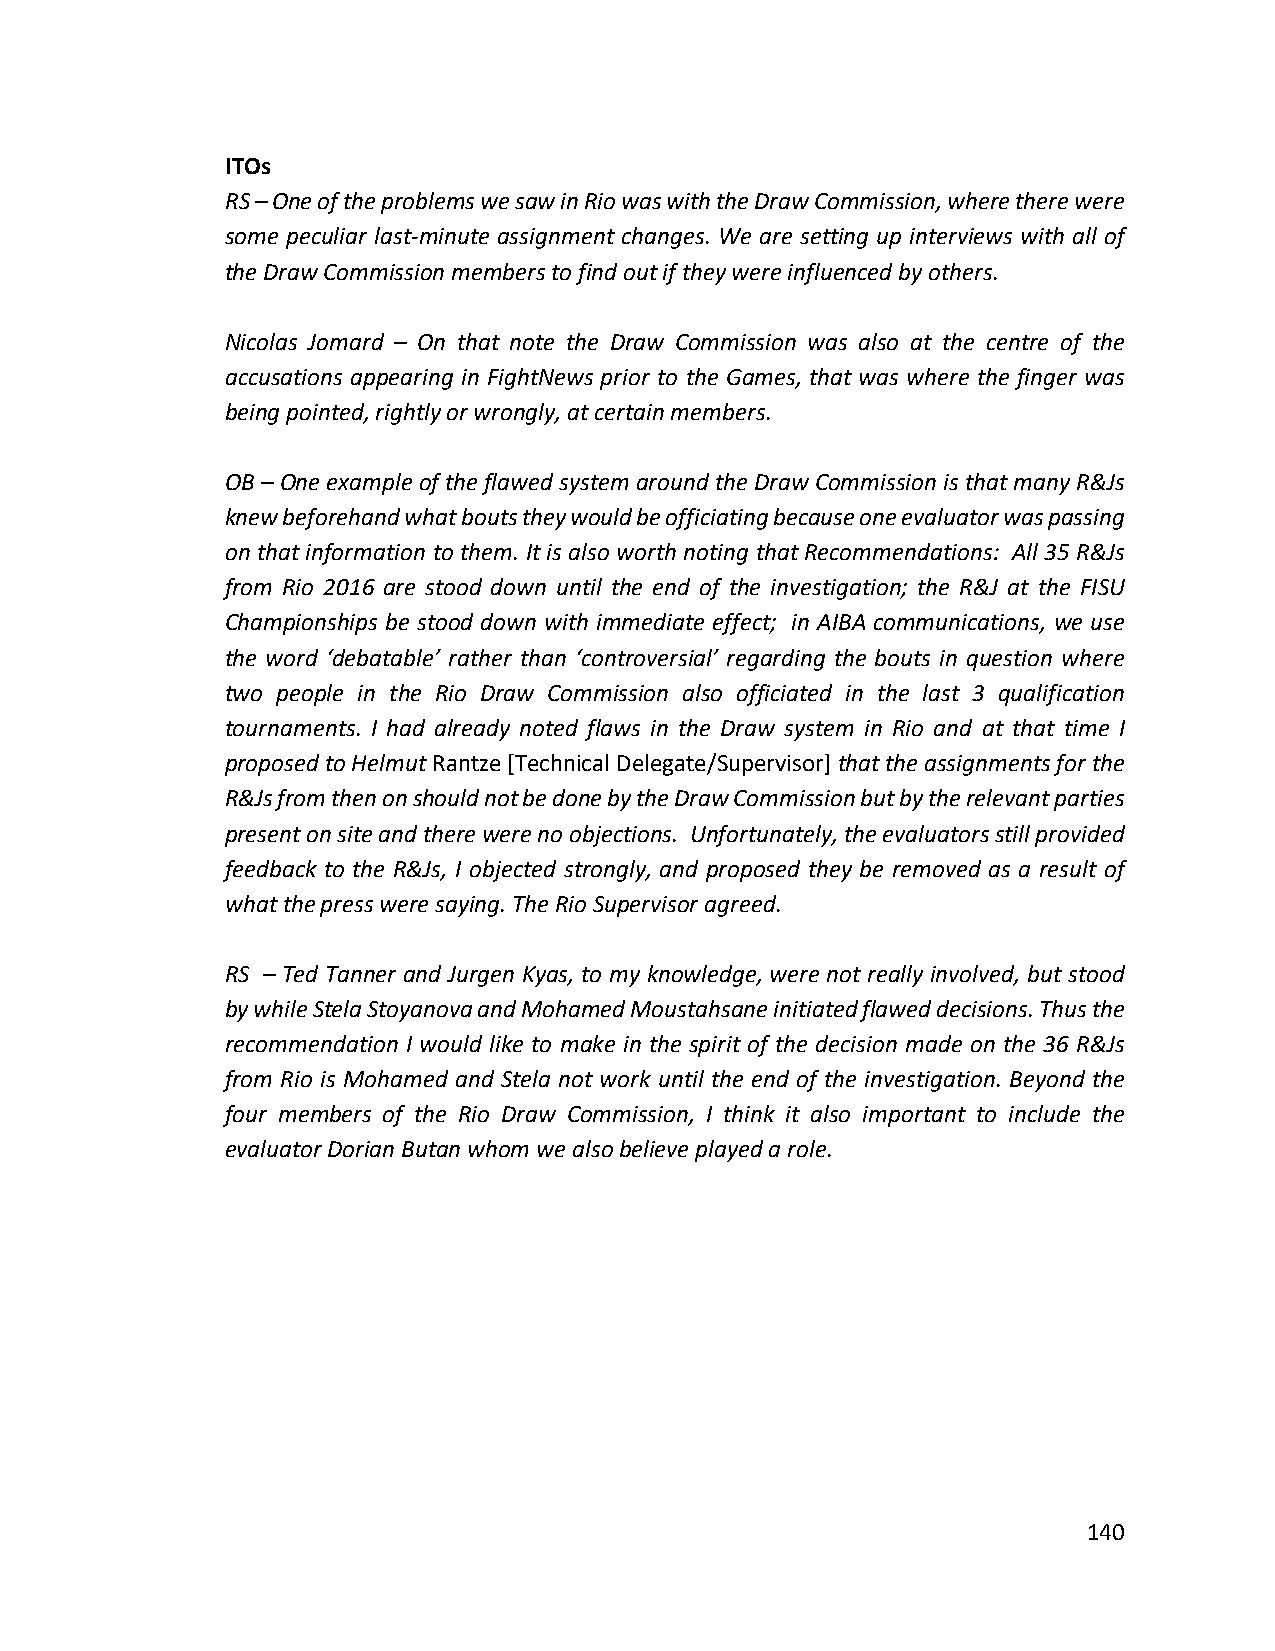
ITOs
 RS – One of the problems we saw in Rio was with the Draw Commission, where there were
 some peculiar last-minute assignment changes. We are setting up interviews with all of
 the Draw Commission members to find out if they were influenced by others.
 Nicolas Jomard – On that note the Draw Commission was also at the centre of the
 accusations appearing in FightNews prior to the Games, that was where the finger was
 being pointed, rightly or wrongly, at certain members.
 OB – One example of the flawed system around the Draw Commission is that many R&Js
 knew beforehand what bouts they would be officiating because one evaluator was passing
 on that information to them. It is also worth noting that Recommendations: All 35 R&Js
 from Rio 2016 are stood down until the end of the investigation; the R&J at the FISU
 Championships be stood down with immediate effect; in AIBA communications, we use
 the word ‘debatable’ rather than ‘controversial’ regarding the bouts in question where
 two people in the Rio Draw Commission also officiated in the last 3 qualification
 tournaments. I had already noted flaws in the Draw system in Rio and at that time I
 proposed to Helmut Rantze [Technical Delegate/Supervisor] that the assignments for the
 R&Js from then on should not be done by the Draw Commission but by the relevant parties
 present on site and there were no objections. Unfortunately, the evaluators still provided
 feedback to the R&Js, I objected strongly, and proposed they be removed as a result of
 what the press were saying. The Rio Supervisor agreed.
 RS – Ted Tanner and Jurgen Kyas, to my knowledge, were not really involved, but stood
 by while Stela Stoyanova and Mohamed Moustahsane initiated flawed decisions. Thus the
 recommendation I would like to make in the spirit of the decision made on the 36 R&Js
 from Rio is Mohamed and Stela not work until the end of the investigation. Beyond the
 four members of the Rio Draw Commission, I think it also important to include the
 evaluator Dorian Butan whom we also believe played a role.
 140